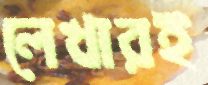
লেখারই